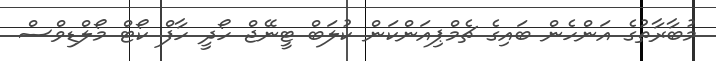
މުބާރާތުގެ އަންހެން ބައިގެ ޗެމްޕިއަންކަން ކުލަބް ޓީނޭޖް ހޯދީ ހާފް ކޯޓް މޯލްޑިވްސް